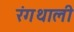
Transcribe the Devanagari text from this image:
रंगथाली